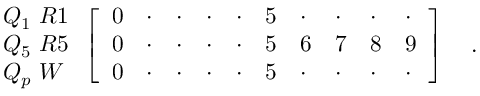
{ \begin{array} { l } { { Q _ { 1 } \ R 1 } } \\ { { Q _ { 5 } \ R 5 } } \\ { { Q _ { p } \ W } } \end{array} } \left[ { \begin{array} { l l l l l l l l l l } { { 0 } } & { { \cdot } } & { { \cdot } } & { { \cdot } } & { { \cdot } } & { { 5 } } & { { \cdot } } & { { \cdot } } & { { \cdot } } & { { \cdot } } \\ { { 0 } } & { { \cdot } } & { { \cdot } } & { { \cdot } } & { { \cdot } } & { { 5 } } & { { 6 } } & { { 7 } } & { { 8 } } & { { 9 } } \\ { { 0 } } & { { \cdot } } & { { \cdot } } & { { \cdot } } & { { \cdot } } & { { 5 } } & { { \cdot } } & { { \cdot } } & { { \cdot } } & { { \cdot } } \end{array} } \right] \quad .